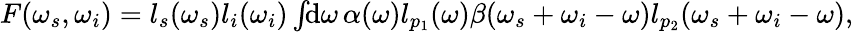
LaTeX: \begin{array}{r}{F(\omega_{s},\omega_{i})=\textit{l}_{s}(\omega_{s})\textit{l}_{i}(\omega_{i})\int\! \! \mathrm{d}\omega\, \alpha(\omega)\textit{l}_{p_{1}}(\omega)\beta(\omega_{s}+\omega_{i}-\omega)\textit{l}_{p_{2}}(\omega_{s}+\omega_{i}-\omega),}\end{array}